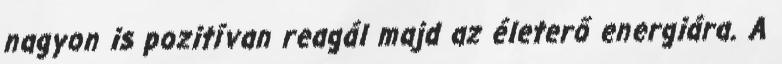
nagyon is pozitívan reagál majd az életerő energiára. A